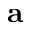
{ \bf a }